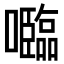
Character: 𡄦